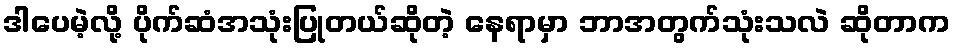
ဒါပေမဲ့လို့ ပိုက်ဆံအသုံးပြုတယ်ဆိုတဲ့ နေရာမှာ ဘာအတွက်သုံးသလဲ ဆိုတာက